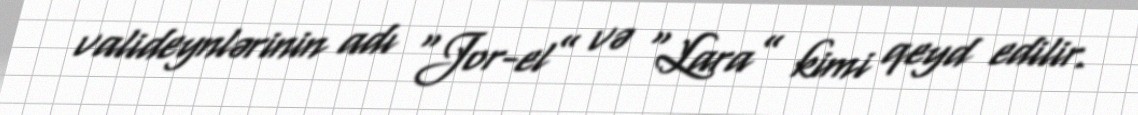
valideynlərinin adı “Jor-el” və “Lara” kimi qeyd edilir.